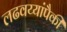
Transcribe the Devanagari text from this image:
लढवय्यांपैकी